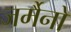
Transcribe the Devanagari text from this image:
जर्मैनो